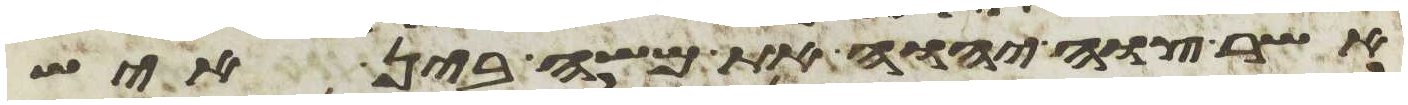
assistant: אשר צוה יהוה את משה בין איש